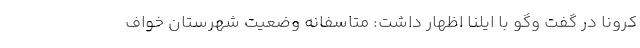
کرونا در گفت وگو با ایلنا اظهار داشت: متاسفانه وضعیت شهرستان خواف